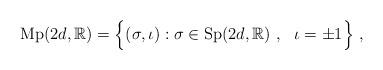
LaTeX: \begin{align*}{\rm Mp}(2d,\mathbb{R})=\Big\{(\sigma,\iota):\sigma \in{\rm Sp}(2d,\mathbb{R}) \ , \ \ \iota=\pm1\Big\} \ ,\end{align*}